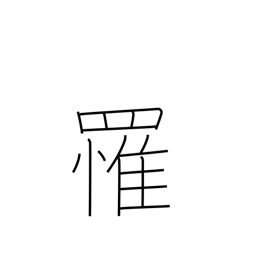
Meaning: catch